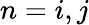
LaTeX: n=i,j